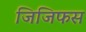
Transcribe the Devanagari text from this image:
जिजिफस